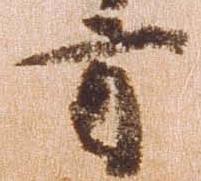
方